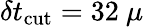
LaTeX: \delta t_{\mathrm{cut}}=32\ \mu